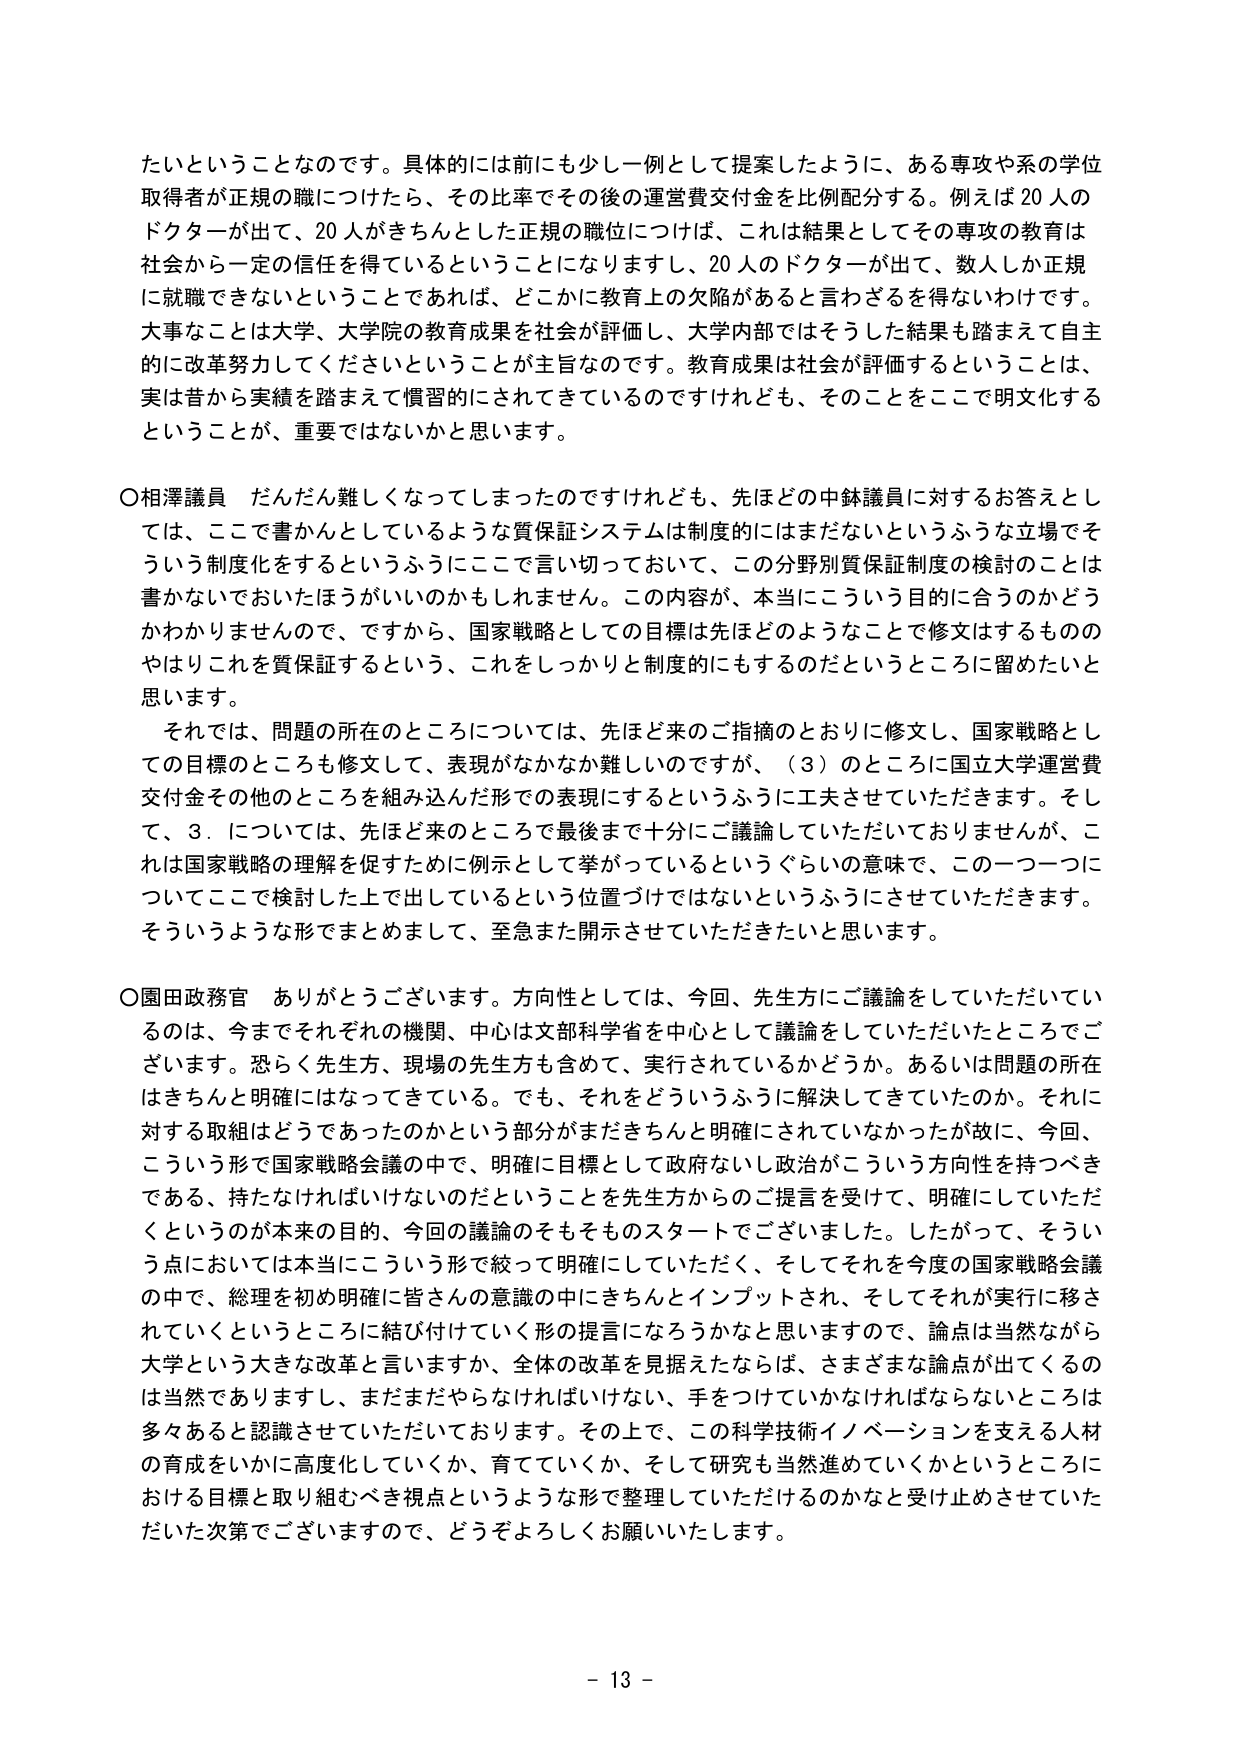
たいということなのです。具体的には前にも少しだけ例として提案したように、ある専攻や系の学位取得者が正規の職につけたら、その比率でその後の運営費交付金を比例配分する。例えば20人のドクターが出て、20人がきちんと正規の職位につけば、これは結果としてその専攻の教育は社会から一定の信任を得ているということになりますし、20人のドクターが出て、数人しか正規に就職できないということであれば、どこかに教育上の欠陥があると言わざるを得ないわけです。大事なことは大学、大学院の教育成果を社会が評価し、大学内部ではそうした結果も踏まえて自主的に改革努力してくださいということが主旨なのです。教育成果は社会が評価するということは、実は昔から実績を踏まえて慣習的にされてきているのですけれども、そのことをここで明文化するということが、重要ではないかと思います。

○相澤議員 だんだん難しくなってしまったのですけれども、先ほどの中鉢議員に対するお答えとしては、ここで書かんとしているような質保証システムは制度的にはまだないというふうな立場でそういう制度化をするというふうにここで言い切っておいて、この分野別質保証制度の検討のことは書かないでおいたほうがいいのかもしれません。この内容が、本当にこういう目的に合うのかどうかわかりませんので、ですから、国家戦略としての目標は先ほどのようなことで修文するもののはよりこれを質保証するという、これをしっかりと制度的にもするのだというところに留めたいと思います。

それでは、問題の所在のところについては、先ほど来のご指摘のとおりに修文し、国家戦略としての目標のところも修文して、表現がなかなか難しいのですが、（3）のところに国立大学運営費交付金その他のところを組み込んだ形での表現にするというふうに工夫させていただきます。そして、3．については、先ほど来のところまで十分にご議論していただいておりませんが、これは国家戦略の理解を促すために例示として挙がっているというぐらいの意味で、この一つ一つについてここで検討した上で出しているという位置づけではないというふうにさせていただきます。そういうような形でまとめまして、至急また開示させていただきたいと思います。

○園田政務官 ありがとうございます。方向性としては、今回、先生方にご議論をしていただいているのは、今までそれぞれの機関、中心は文部科学省を中心として議論をしていただいたところでございます。恐らく先生方、現場の先生方も含めて、実行されているかどうか。あるいは問題の所在はきちんと明確になってきている。でも、それをどういうふうに解決してきていたのか。それに対する取組はどうであったのかという部分がまだきちんと明確にされていなかったが故に、今回、こういう形で国家戦略会議の中で、明確に目標として政府ないし政治がこういう方向性を持つべきである、持たなければならないのだということを先生方からのご提言を受けて、明確にしていただくというのが本来の目的、今回の議論のそもそものスタートでございました。したがって、そういう点においては本当にこういう形で絞って明確にしていただく、そしてそれを今度の国家戦略会議の中で、総理を初め明確に皆さんの意識の中にきちんとインプットされ、そしてそれが実行に移されていくというところに結び付けていく形の提言になろうかなと思いますので、論点は当然ながら大学という大きな改革と言いますか、全体の改革を見据えたならば、さまざまな論点が出てくるのは当然でありますし、まだまだやらなければいけない、手をつけていかなければならないところは多くあると認識させていただいております。その上で、この科学技術イノベーションを支える人材の育成をいかに高度化していくか、育てていくか、そして研究も当然進めていくかというところにおける目標と取り組むべき視点というような形で整理していただけるのかなと受け止めさせていただいた次第でございますので、どうぞよろしくお願いいたします。

- 13 -